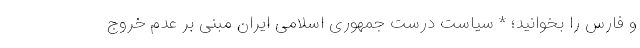
و فارس را بخوانید؛ * سیاست درست جمهوری اسلامی ایران مبنی بر عدم خروج